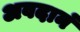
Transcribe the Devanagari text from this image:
अवदानं